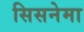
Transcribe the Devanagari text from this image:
सिसनेमा